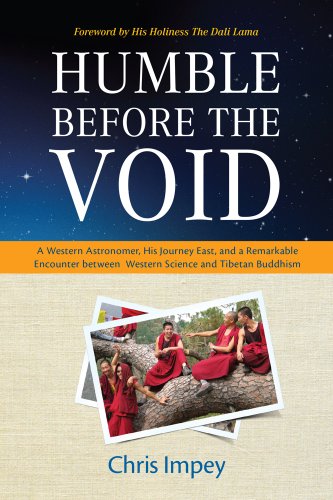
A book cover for Humble before the Void: A Western Astronomer, his Journey East, and a Remarkable Encounter Between Western Science and Tibetan Buddhism; Chris Impey; Travel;